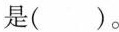
是()。